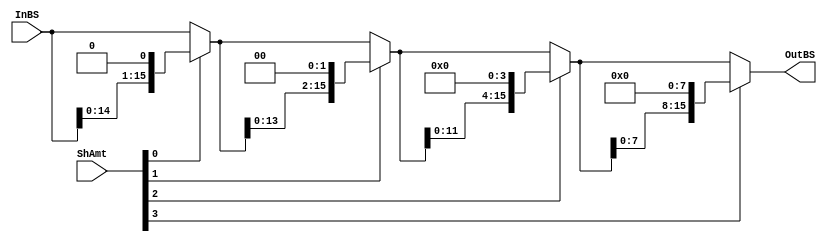
module shift_left(InBS, ShAmt, OutBS);
//for the 2'b00 Opcode
input wire [15:0]InBS;
input wire [3:0] ShAmt;
output [15:0] OutBS;

//Opcode 
//2'b00 left shift, LSB filled with 'b0
//2'b01 shift right logical, MSB filled with 'b0
//2'b10 rotate left
//2'b11 shift rith arith, keep the MSB


//shift bit selection logic
wire [15:0] sh_0, sh_1, sh_2, sh_3;//for the 1/2/4/8bits shift temp varibles
assign sh_0=(ShAmt[0])? {InBS[14:0], 1'b0}:InBS; 
assign sh_1=(ShAmt[1])? {sh_0[13:0], 2'b0}:sh_0; 
assign sh_2=(ShAmt[2])? {sh_1[11:0], 4'b0}:sh_1; 
assign sh_3=(ShAmt[3])? {sh_2[7:0], 8'b0}:sh_2; 

assign OutBS=sh_3;



endmodule